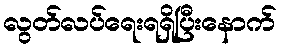
လွတ်လပ်ရေးရရှိပြီးနောက်